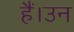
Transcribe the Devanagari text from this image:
हैं।उन